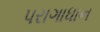
પરાગાધાન